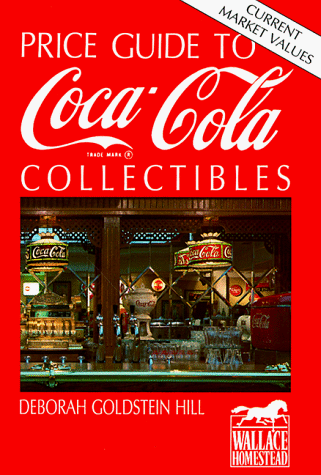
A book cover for Price Guide to Coca-Cola Collectibles; Deborah Goldstein Hill; Crafts, Hobbies & Home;